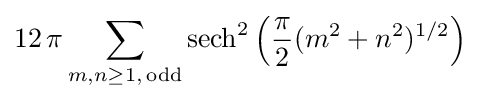
12\,\pi \sum _{m,n\geq 1,\,\mathrm {odd} }\operatorname {sech} ^{2}\left({\frac {\pi }{2}}(m^{2}+n^{2})^{1/2}\right)